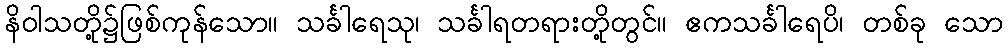
နိဝါသတို့၌ဖြစ်ကုန်သော။ သင်္ခါရေသု၊ သင်္ခါရတရားတို့တွင်။ ဧကသင်္ခါရေပိ၊ တစ်ခု သော